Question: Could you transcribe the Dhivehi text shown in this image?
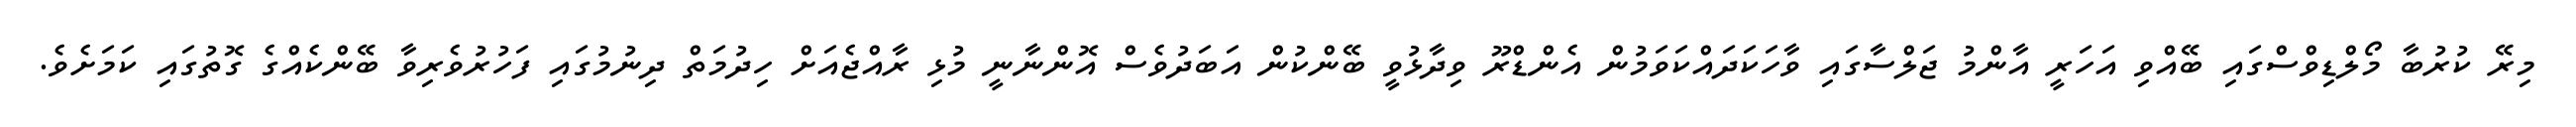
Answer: މިރޭ ކުރުބާ މޯލްޑިވްސްގައި ބޭއްވި އަހަރީ އާންމު ޖަލްސާގައި ވާހަކަދައްކަވަމުން އެންޑްރޫ ވިދާޅުވީ ބޭންކުން އަބަދުވެސް އޮންނާނީ މުޅި ރާއްޖެއަށް ހިދުމަތް ދިނުމުގައި ފަހުރުވެރިވާ ބޭންކެއްގެ ގޮތުގައި ކަމަށެވެ.